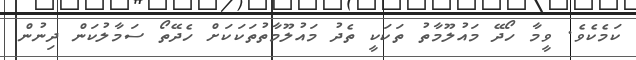
ކަމެކެވެ. ވީމާ ހޯދޭ މައުލޫމާތު ތަކަކީ ތެދު މައުލޫމާތުތަކަކަށް ހެދޭތޯ ސަމާލުކަން ދިނުން